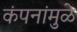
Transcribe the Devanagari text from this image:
कंपनांमुळे